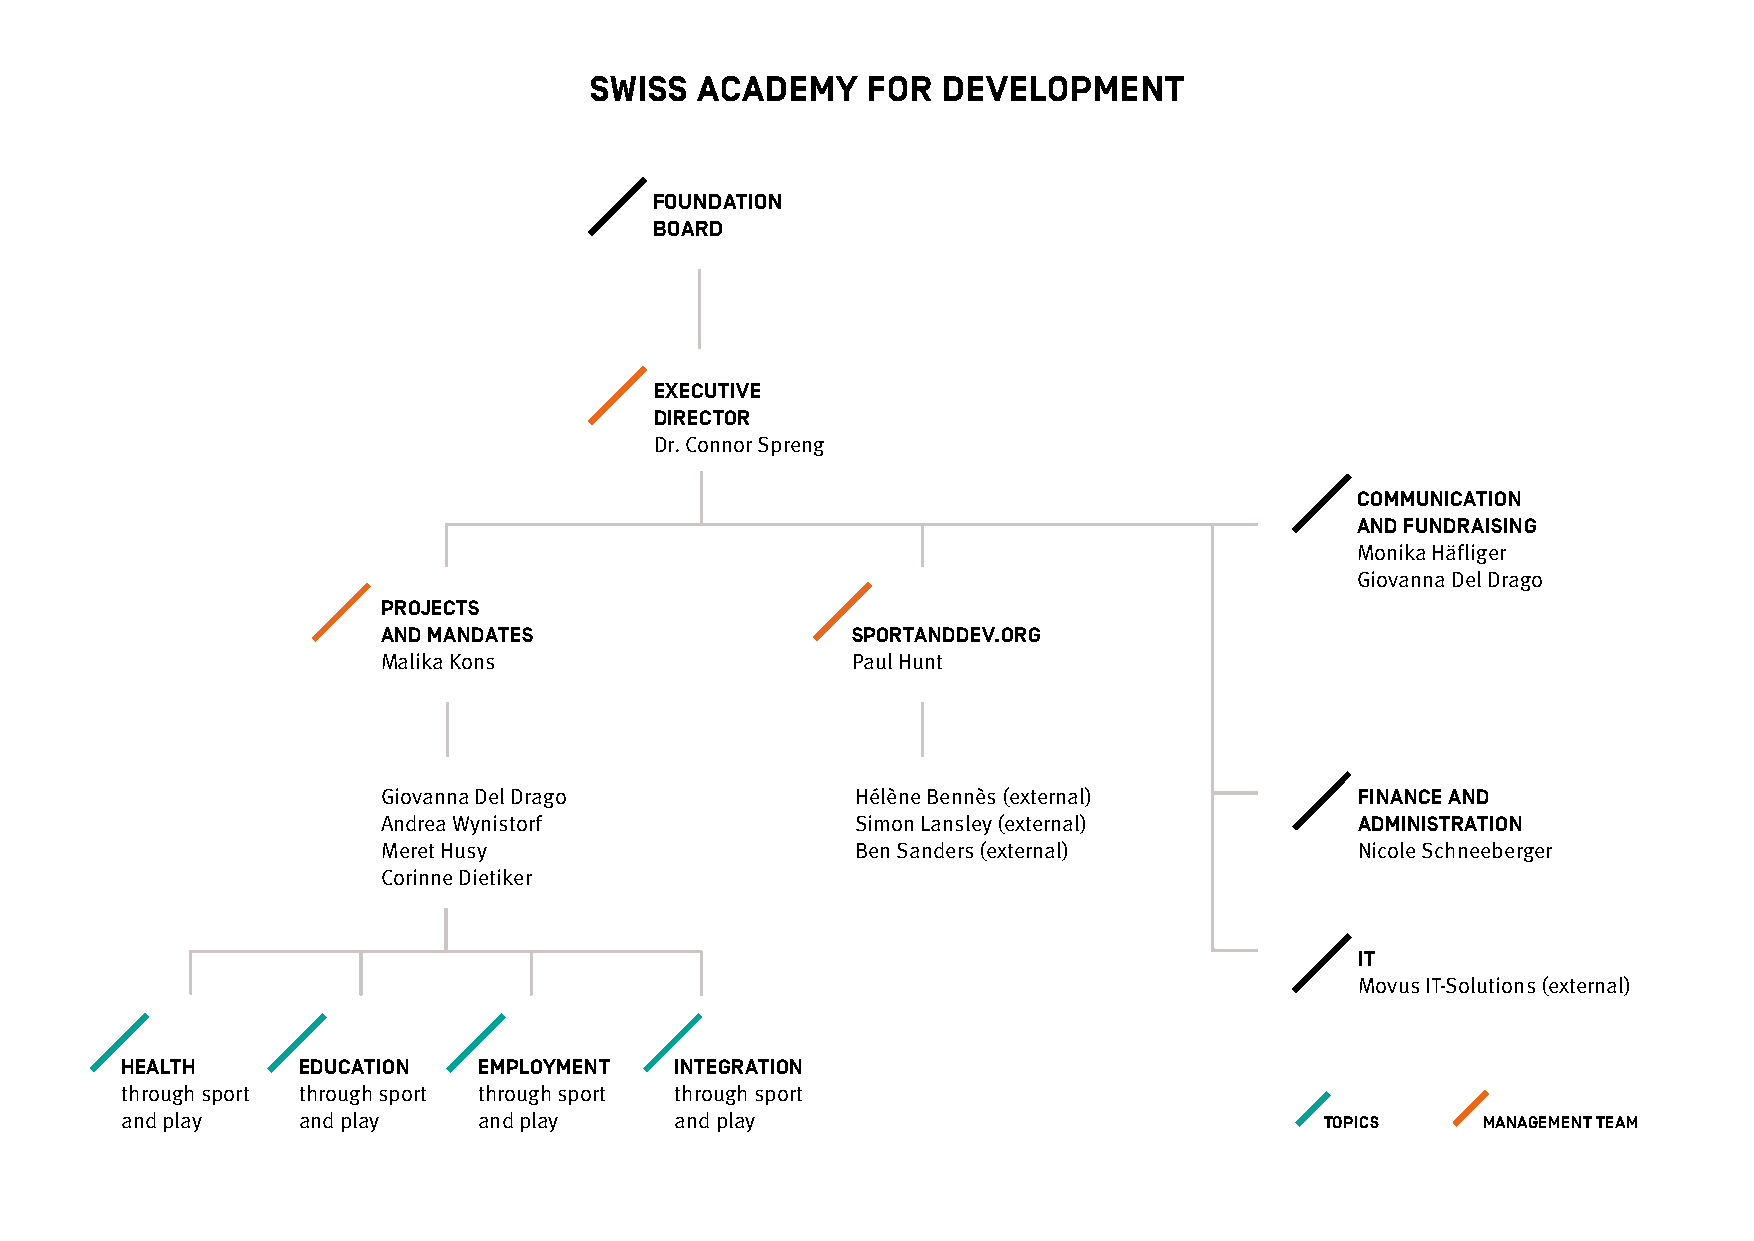
SWISS  ACADEMY    FOR  DEVELOPMENT
 FOUNDATION
 BOARD
 EXECUTIVE
 DIRECTOR
 Dr. Connor Spreng
 COMMUNICATION
 AND FUNDRAISING
 Monika Häfliger
 Giovanna Del Drago
 PROJECTS
 AND MANDATES                   SPORTANDDEV.ORG
 Malika Kons                    Paul Hunt
 Giovanna Del Drago              Hélène Bennès (external)         FINANCE AND
 Andrea Wynistorf                Simon Lansley (external)         ADMINISTRATION
 Meret Husy                      Ben Sanders (external)           Nicole Schneeberger
 Corinne Dietiker
 IT
 Movus IT-Solutions (external)
 HEALTH      EDUCATION   EMPLOYMENT   INTEGRATION
 through sport through sport through sport through sport
 and play    and play    and play     and play                                   TOPICS    MANAGEMENT TEAM